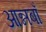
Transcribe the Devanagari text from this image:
आन्नबाँ